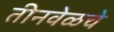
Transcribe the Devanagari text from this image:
तीनवेळचे